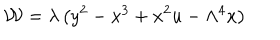
{ \cal W } = \lambda \left( y ^ { 2 } - x ^ { 3 } + x ^ { 2 } u - \Lambda ^ { 4 } x \right)